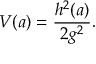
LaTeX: V ( a ) = \frac { h ^ { 2 } ( a ) } { 2 g ^ { 2 } } .